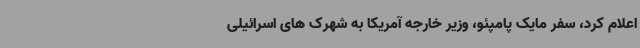
اعلام کرد، سفر مایک پامپئو، وزیر خارجه آمریکا به شهرک های اسرائیلی